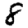
Digit: 8